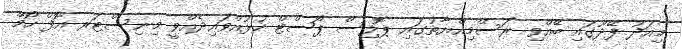
މިއަދު ފޭދޫގައި ބޭއްވި ރަސްމިއްޔާތުގައި ޕޮލިސް ޕޯސްޓް ހުޅުއްވައިދެއްވީ މިނިސްޓަރ އޮފް ހޯމް